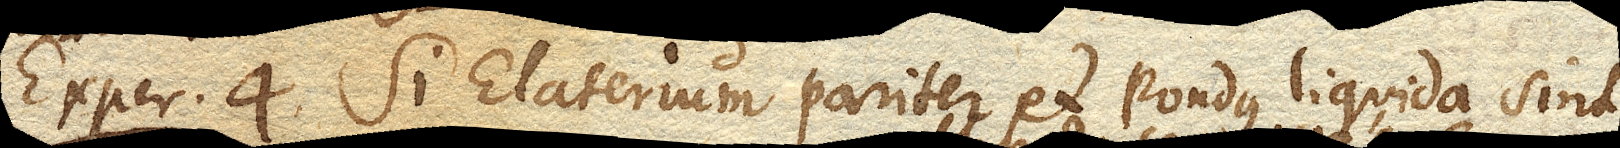
Exper. 4. Si Elaterium pariter et pondus liquida sint